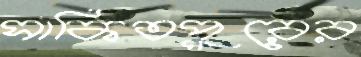
সাকিতপুরের